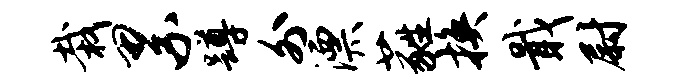
栽累蹲外漂蕤换戢尉